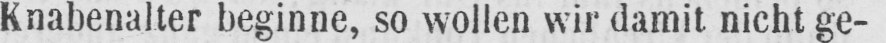
Knabenalter beginne, so wollen wir damit nicht ge-